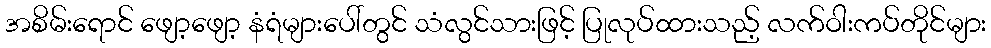
အစိမ်းရောင် ဖျော့ဖျော့ နံရံများပေါ်တွင် သံလွင်သားဖြင့် ပြုလုပ်ထားသည့် လက်ဝါးကပ်တိုင်များ